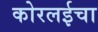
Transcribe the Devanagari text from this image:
कोरलईचा